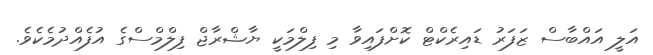
އަލީ އައްބާސް ޒަފަރު ޑައިރެކްޓް ކޮށްފައިވާ މި ފިލްމަކީ ޔާޝްރާޖް ފިލްމްސްގެ އުފެއްދުމެކެވެ.